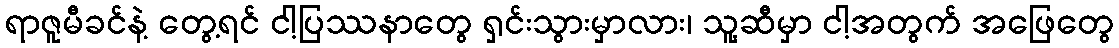
ရာဇူမီခင်နဲ့ တွေ့ရင် ငါ့ပြဿနာတွေ ရှင်းသွားမှာလား၊ သူ့ဆီမှာ ငါ့အတွက် အဖြေတွေ